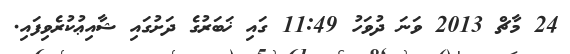
24 މާޗް 2013 ވަނަ ދުވަހު 11:49 ގައި ޚަބަރުގެ ދަށުގައި ޝާއިޢުކުރެވިފައި.